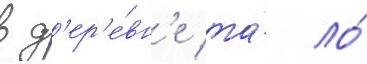
в д'ер'е́вн'е та́ ло́